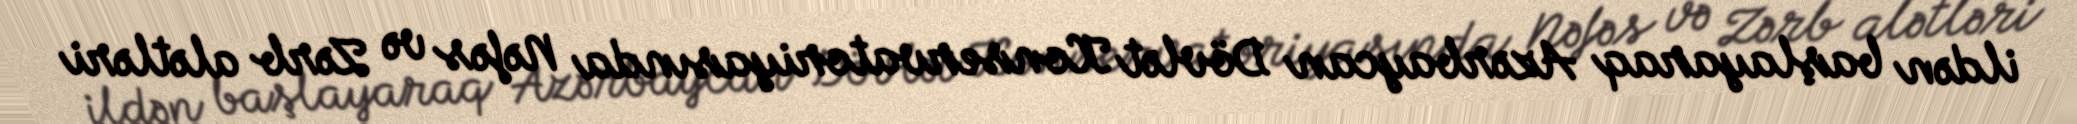
ildən başlayaraq Azərbaycan Dövlət Konservatoriyasında Nəfəs və Zərb alətləri